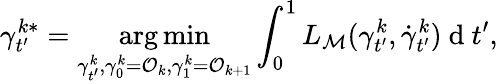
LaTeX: \gamma_{t^{\prime}}^{k*}=\underset{\gamma_{t^{\prime}}^{k},\gamma_{0}^{k}=\mathcal{O}_{k},\gamma_{1}^{k}=\mathcal{O}_{k+1}}{\arg\operatorname*{min}}\int_{0}^{1}L_{{\mathcal{M}}}(\gamma_{t^{\prime}}^{k},\dot{\gamma}_{t^{\prime}}^{k})\mathrm{~d~}t^{\prime},